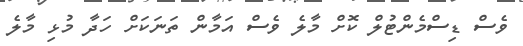
ވެސް ޑިސްމެންޓުލް ކޮށް މާލެ ވެސް އަމާން ތަނަކަށް ހަދާ މުޅި މާލެ